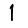
Digit: 1